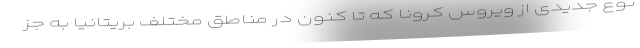
نوع جدیدی از ویروس کرونا که تا کنون در مناطق مختلف بریتانیا به جز